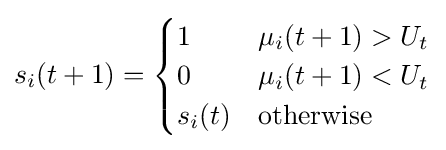
s_{i}(t+1)={\begin{cases}1&\mu _{i}(t+1)>U_{t}\\0&\mu _{i}(t+1)<U_{t}\\s_{i}(t)&{\text{otherwise}}\end{cases}}